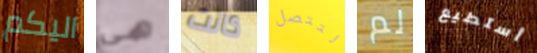
اليكم هي كانت لتتصل لم أستطيع